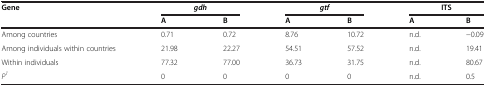
<table><thead><tr><td><b>Gene</b></td><td colspan="2"><b><i>gdh</i></b></td><td colspan="2"><b><i>gtf</i></b></td><td colspan="2"><b>ITS</b></td></tr><tr><td><b> </b></td><td><b>A</b></td><td><b>B</b></td><td><b>A</b></td><td><b>B</b></td><td><b>A</b></td><td><b>B</b></td></tr></thead><tbody><tr><td>Among countries</td><td>0.71</td><td>0.72</td><td>8.76</td><td>10.72</td><td>n.d.</td><td>−0.09</td></tr><tr><td>Among individuals within countries</td><td>21.98</td><td>22.27</td><td>54.51</td><td>57.52</td><td>n.d.</td><td>19.41</td></tr><tr><td>Within individuals</td><td>77.32</td><td>77.00</td><td>36.73</td><td>31.75</td><td>n.d.</td><td>80.67</td></tr><tr><td><i>P</i><sup><i>1</i></sup></td><td>0</td><td>0</td><td>0</td><td>0</td><td>n.d.</td><td>0.5</td></tr></tbody></table>